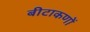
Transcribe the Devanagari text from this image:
बीटाकणों